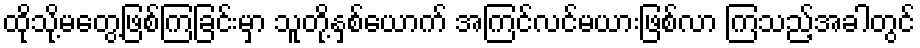
ထိုသို့မတွေ့ဖြစ်ကြခြင်းမှာ သူတို့နှစ်ယောက် အကြင်လင်မယားဖြစ်လာ ကြသည့်အခါတွင်